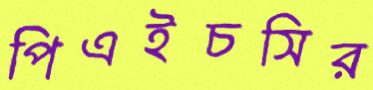
পিএইচসির